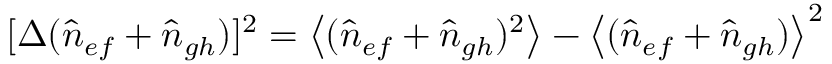
[ \Delta ( \hat { n } _ { e f } + \hat { n } _ { g h } ) ] ^ { 2 } = \left< ( \hat { n } _ { e f } + \hat { n } _ { g h } ) ^ { 2 } \right> - \left< ( \hat { n } _ { e f } + \hat { n } _ { g h } ) \right> ^ { 2 }